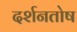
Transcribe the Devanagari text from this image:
दर्शनतोष